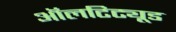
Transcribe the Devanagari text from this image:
ऑलटिट्यूड